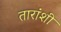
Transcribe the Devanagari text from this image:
तारांशी